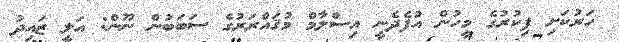
ހަރުކަށި ފިކުރުގެ މީހުން އުފެދެނީ އިސްލާމް މުޤައްރަރުގެ ސަބަބުން ނޫން: އަލީ ޒައިދު